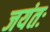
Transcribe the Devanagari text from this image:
जयंतः